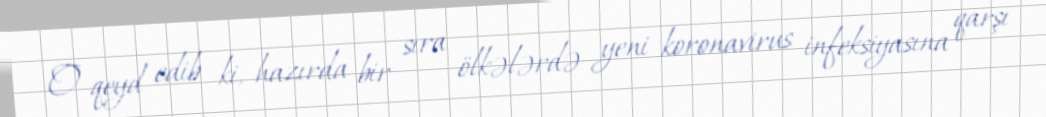
O qeyd edib ki, hazırda bir sıra ölkələrdə yeni koronavirus infeksiyasına qarşı